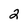
Character: 2